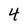
Character: 4